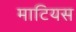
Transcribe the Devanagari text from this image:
माटियस